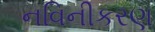
નવિનીકરણ